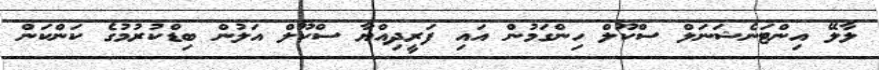
ލާލޭ އިންޓަނެޝަނަލް ސްކޫލް ހިންގަމުން އައި ފަރީދިއްޔާ ސްކޫލް އަލުން ބިޑްކުރުމުގެ ކަންކަން